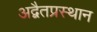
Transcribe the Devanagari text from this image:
अद्वैतप्रस्थान